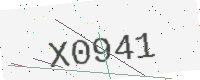
Text: X0941